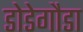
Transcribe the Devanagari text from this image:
डोडेगौडा